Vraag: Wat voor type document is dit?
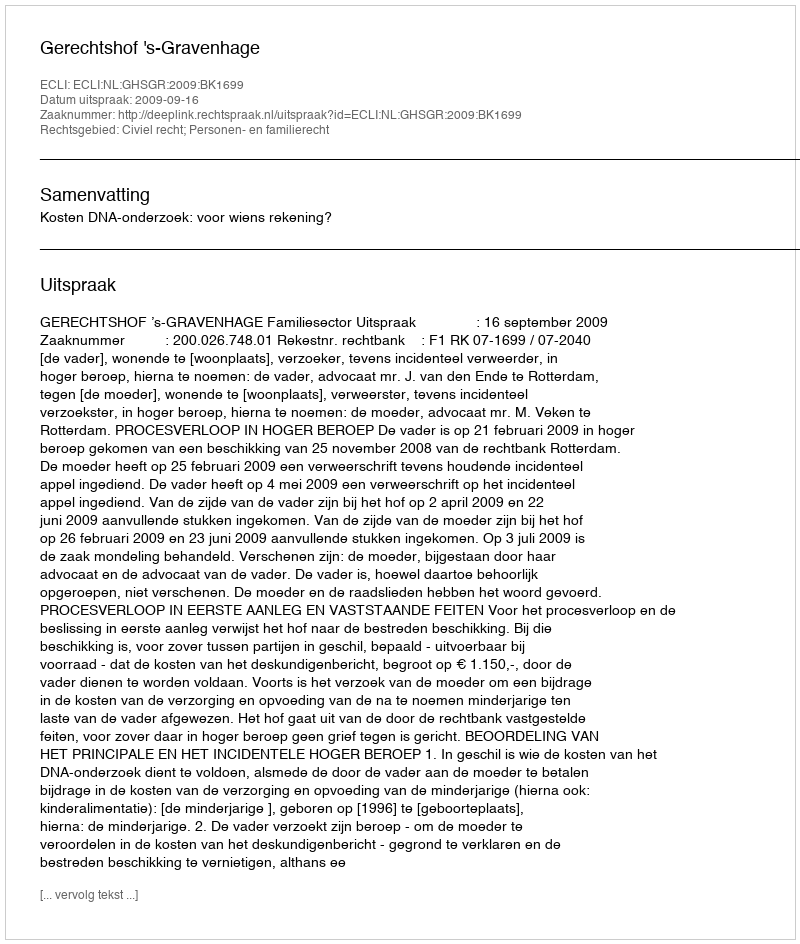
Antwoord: Uitspraak